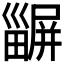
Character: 𤳫